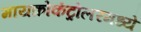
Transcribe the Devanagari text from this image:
मायक्रोकंट्रोलरमध्ये